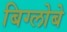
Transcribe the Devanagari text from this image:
बिग्लोबे